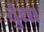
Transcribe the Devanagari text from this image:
दुंद्या